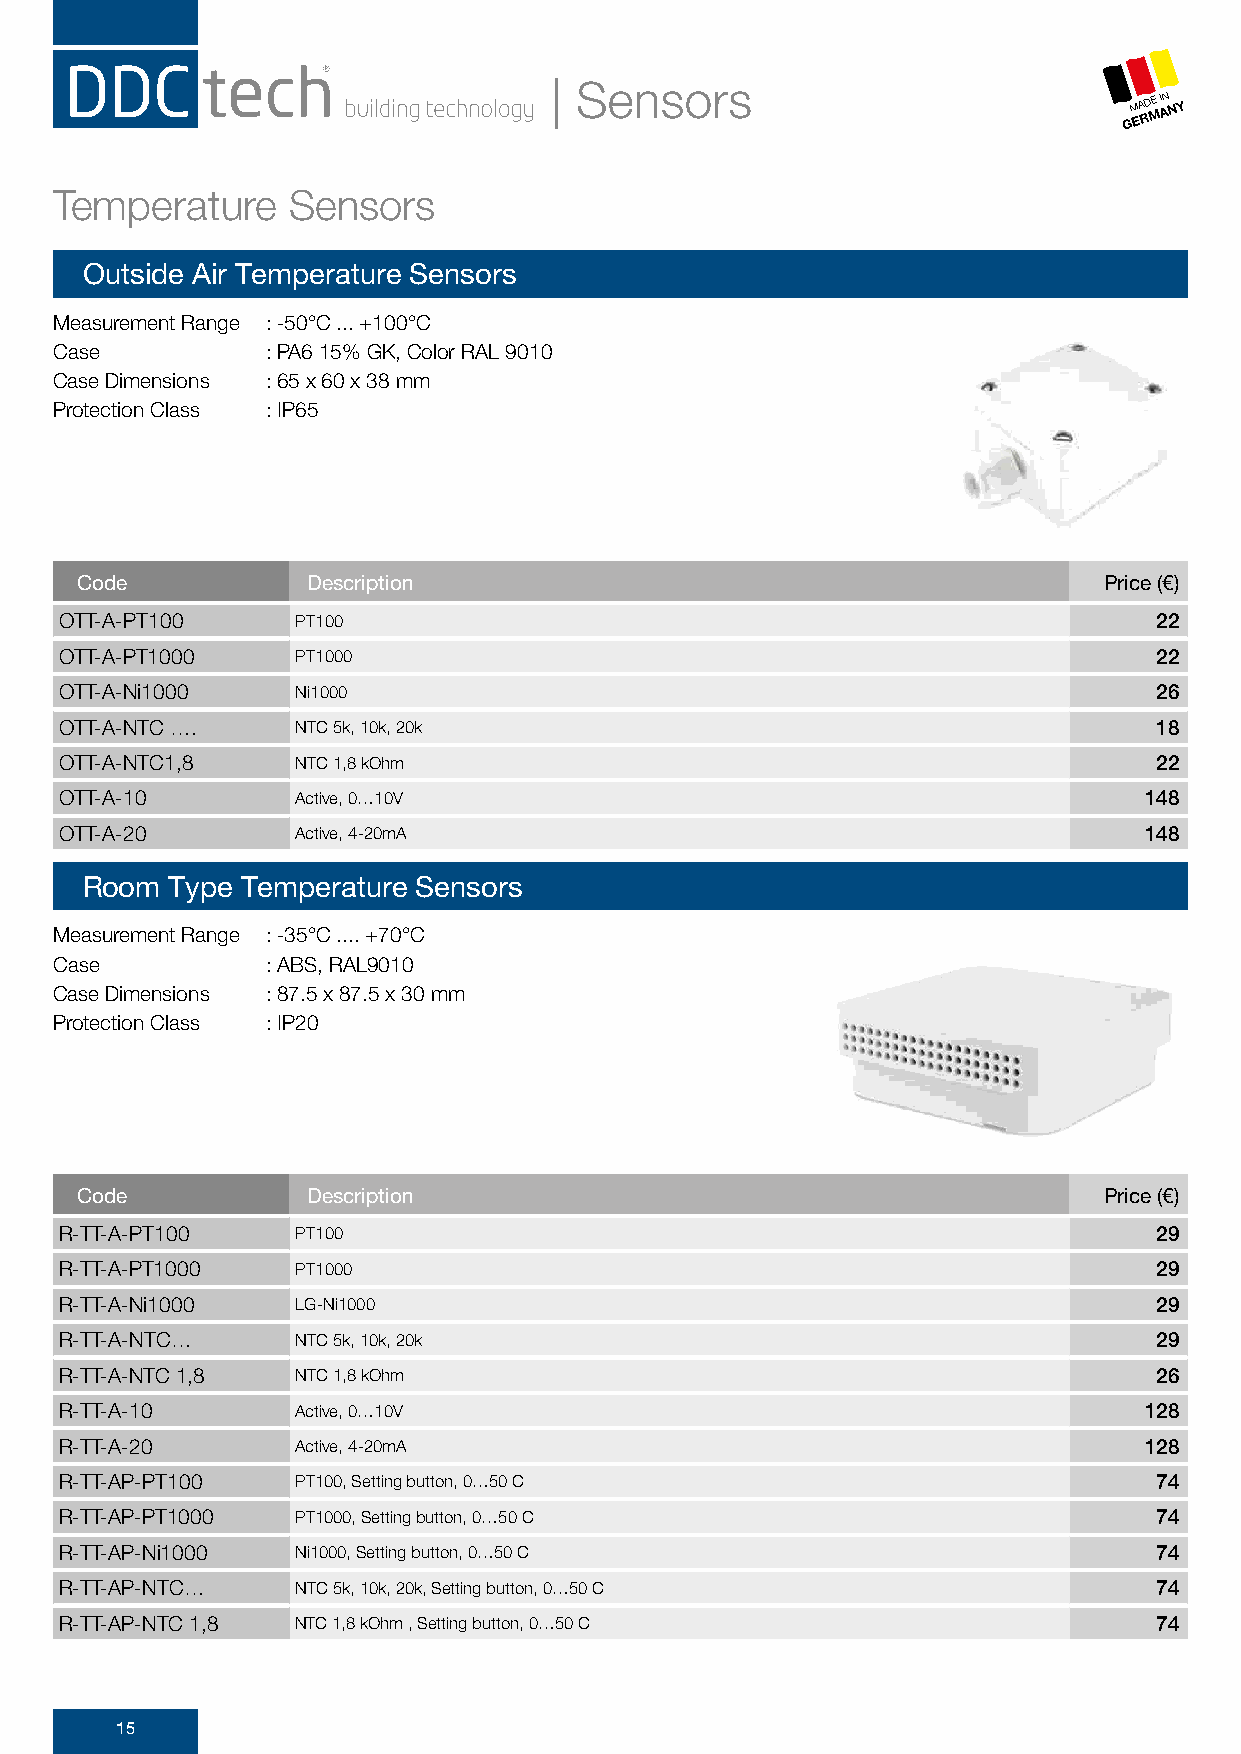
| Sensors
 GM EA RD ME I AN NY
 Temperature    Sensors
 Outside Air Temperature Sensors
 Measurement Range : -50°C ... +100°C
 Case          : PA6 15% GK, Color RAL 9010
 Case Dimensions : 65 x 60 x 38 mm
 Protection Class : IP65
 Code           Description                                          Price (€)
 OTT-A-PT100     PT100                                                    22
 OTT-A-PT1000    PT1000                                                   22
 OTT-A-Ni1000    Ni1000                                                   26
 OTT-A-NTC ….    NTC 5k, 10k, 20k                                         18
 OTT-A-NTC1,8    NTC 1,8 kOhm                                             22
 OTT-A-10        Active, 0…10V                                           148
 OTT-A-20        Active, 4-20mA                                          148
 Room  Type Temperature Sensors
 Measurement Range : -35°C .... +70°C
 Case          : ABS, RAL9010
 Case Dimensions : 87.5 x 87.5 x 30 mm
 Protection Class : IP20
 Code           Description                                          Price (€)
 R-TT-A-PT100    PT100                                                    29
 R-TT-A-PT1000   PT1000                                                   29
 R-TT-A-Ni1000   LG-Ni1000                                                29
 R-TT-A-NTC…     NTC 5k, 10k, 20k                                         29
 R-TT-A-NTC 1,8  NTC 1,8 kOhm                                             26
 R-TT-A-10       Active, 0…10V                                           128
 R-TT-A-20       Active, 4-20mA                                          128
 R-TT-AP-PT100   PT100, Setting button, 0…50 C                            74
 R-TT-AP-PT1000  PT1000, Setting button, 0…50 C                           74
 R-TT-AP-Ni1000  Ni1000, Setting button, 0…50 C                           74
 R-TT-AP-NTC…    NTC 5k, 10k, 20k, Setting button, 0…50 C                 74
 R-TT-AP-NTC 1,8 NTC 1,8 kOhm , Setting button, 0…50 C                    74
 15